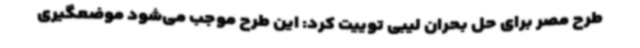
طرح مصر برای حل بحران لیبی توییت کرد: این طرح موجب می‌شود موضعگیری